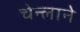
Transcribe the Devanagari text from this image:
चेन्लाने